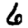
Digit: 6